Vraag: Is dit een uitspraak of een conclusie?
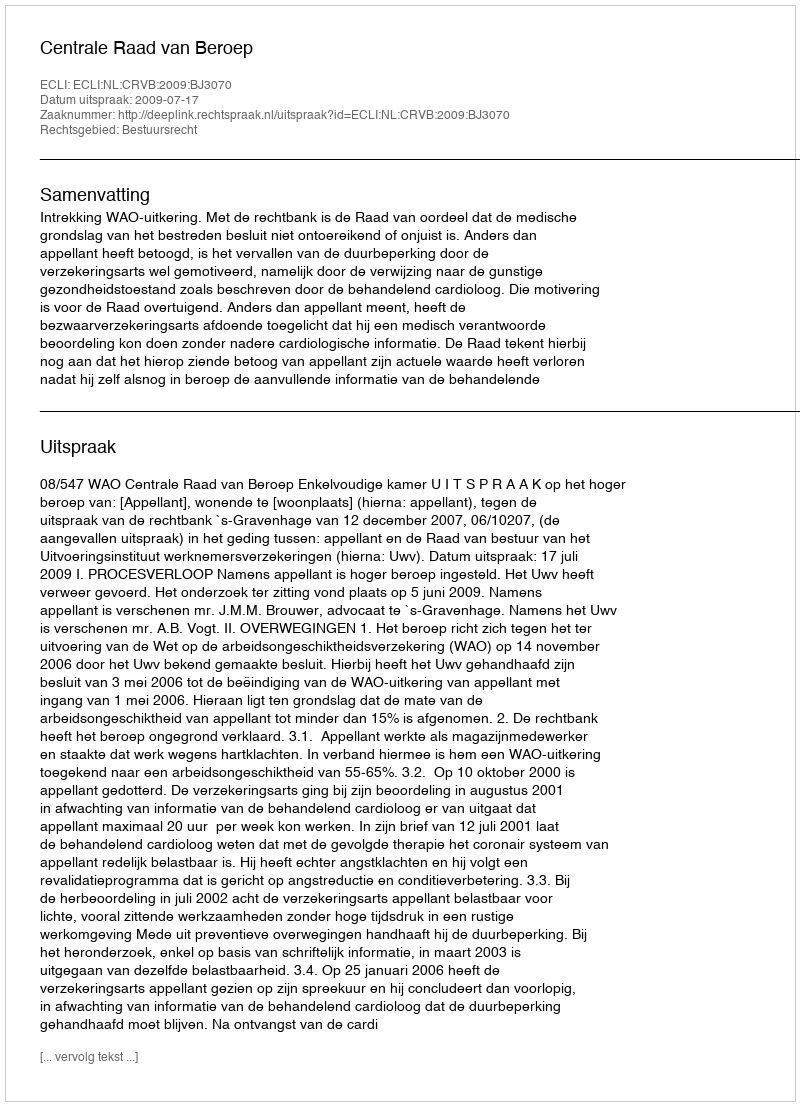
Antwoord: Uitspraak